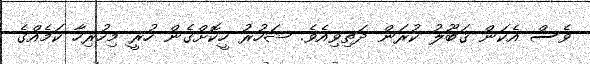
ވެސް އެކަން ޤަބޫލު ކުރަން ދަތިވިއެވެ. ޝަހުރު ހީކޮށްގެން ހުރީ މިހުރިހާ ކަމެއްގެ